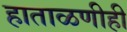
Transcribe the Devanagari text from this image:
हाताळणीही